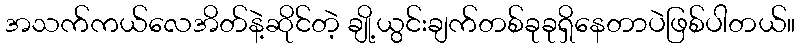
အသက်ကယ်လေအိတ်နဲ့ဆိုင်တဲ့ ချို့ယွင်းချက်တစ်ခုခုရှိနေတာပဲဖြစ်ပါတယ်။